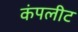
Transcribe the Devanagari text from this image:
कंपलीट